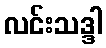
လင်းသဒ္ဒါ